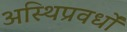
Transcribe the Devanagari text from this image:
अस्थिप्रवर्धों